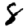
Digit: 8